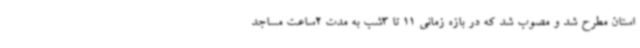
استان مطرح شد و مصوب شد که در بازه زمانی 11 تا 3شب به مدت 2ساعت مساجد